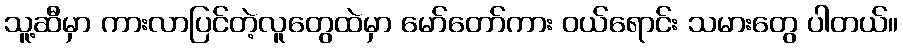
သူ့ဆီမှာ ကားလာပြင်တဲ့လူတွေထဲမှာ မော်တော်ကား ဝယ်ရောင်း သမားတွေ ပါတယ်။